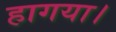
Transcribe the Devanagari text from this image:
हागया।